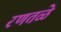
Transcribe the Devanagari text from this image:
रणतळे